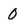
Character: 0